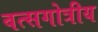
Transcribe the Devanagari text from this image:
वत्सगोत्रीय